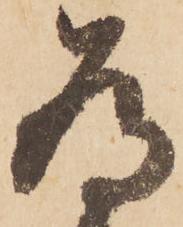
為